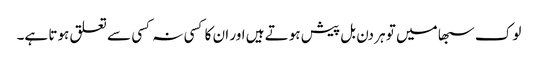
لوک سبھا میں تو ہر دن بل پیش ہوتے ہیں اور ان کا کسی نہ کسی سے تعلق ہوتا ہے۔